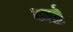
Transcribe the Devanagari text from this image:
भर्ष्ट